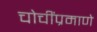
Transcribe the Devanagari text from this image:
चोचींप्रमाणे